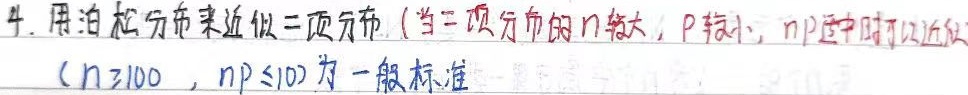
4. 用泊松分布来近似二项分布。（当二项分布的 \(n\) 较大，\(p\) 较小，\(np\) 适中时可以近似，\((n\geq100,np\leq10)\) 为一般标准）